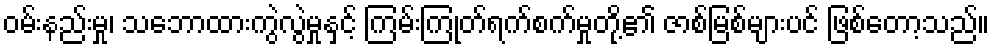
ဝမ်းနည်းမှု၊ သဘောထားကွဲလွဲမှုနှင့် ကြမ်းကြုတ်ရက်စက်မှုတို့၏ ဇာစ်မြစ်များပင် ဖြစ်တော့သည်။